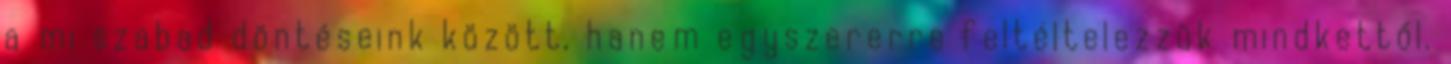
a mi szabad döntéseink között, hanem egyszererre feltéltelezzük mindkettől.